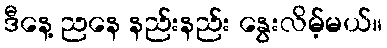
ဒီနေ့ ညနေ နည်းနည်း နွေးလိမ့်မယ်။